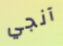
آنجي